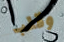
وقلب